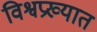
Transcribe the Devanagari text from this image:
विश्वप्रख्यात